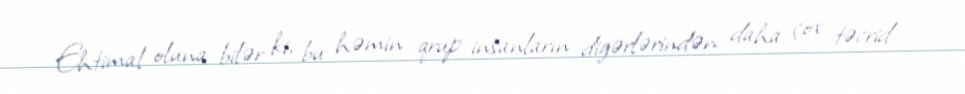
Ehtimal oluna bilər ki, bu həmin qrup insanların digərlərindən daha çox təcrid